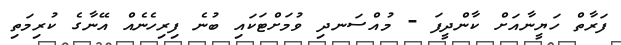
ފަރާތް ހަޔީނާއަށް ކާންދީފަ - މުއްސަނދި ވުމަށްޓަކައި ބުނެ ފިރިހެނެއް އޭނާގެ ކުރިމަތި